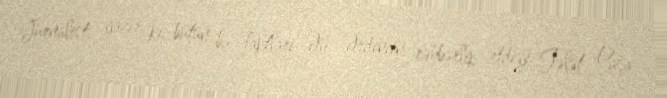
Jurnalist yazır ki, bütün bu faktları Əli Ərdincin rəhbərlik etdiyi Tələt Paşa